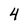
Character: 4